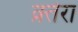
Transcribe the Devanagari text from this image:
क्र्तेरा